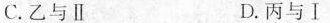
C.乙与Ⅱ D.丙与Ⅰ